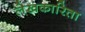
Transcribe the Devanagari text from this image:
लेखकारिता